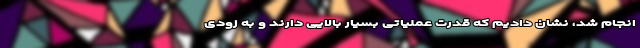
انجام شد، نشان دادیم که قدرت عملیاتی بسیار بالایی دارند و به زودی